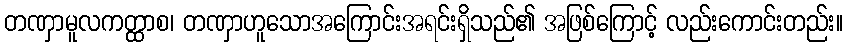
တဏှာမူလကတ္ထာစ၊ တဏှာဟူသောအကြောင်းအရင်းရှိသည်၏ အဖြစ်ကြောင့် လည်းကောင်းတည်း။